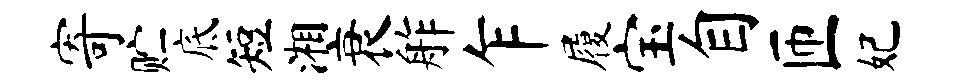
寄贮底短湘衰舴乍履宝自匝妃